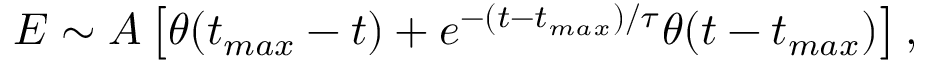
\begin{array} { r } { E \sim A \left[ \theta ( t _ { m a x } - t ) + e ^ { - ( t - t _ { m a x } ) / \tau } \theta ( t - t _ { m a x } ) \right] , } \end{array}